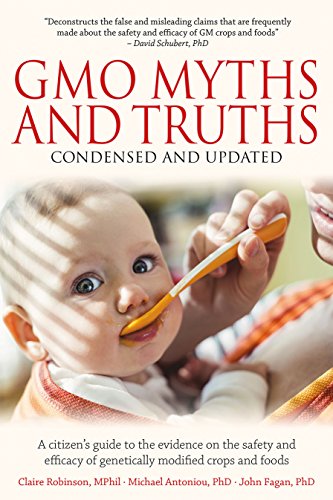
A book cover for GMO Myths and Truths: A Citizen's Guide to the Evidence on the Safety and Efficacy of Genetically Modified Crops and Foods, 3rd Edition; Claire Robinson Mphil; Health, Fitness & Dieting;